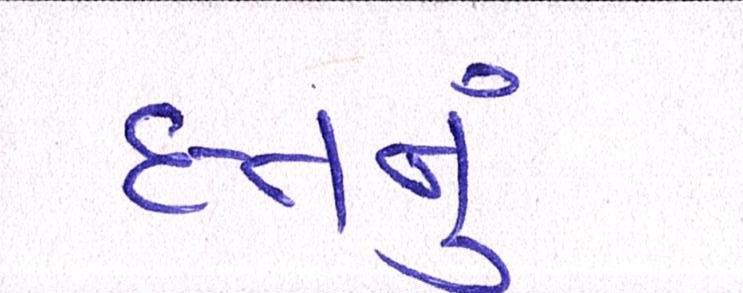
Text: દત્તનું